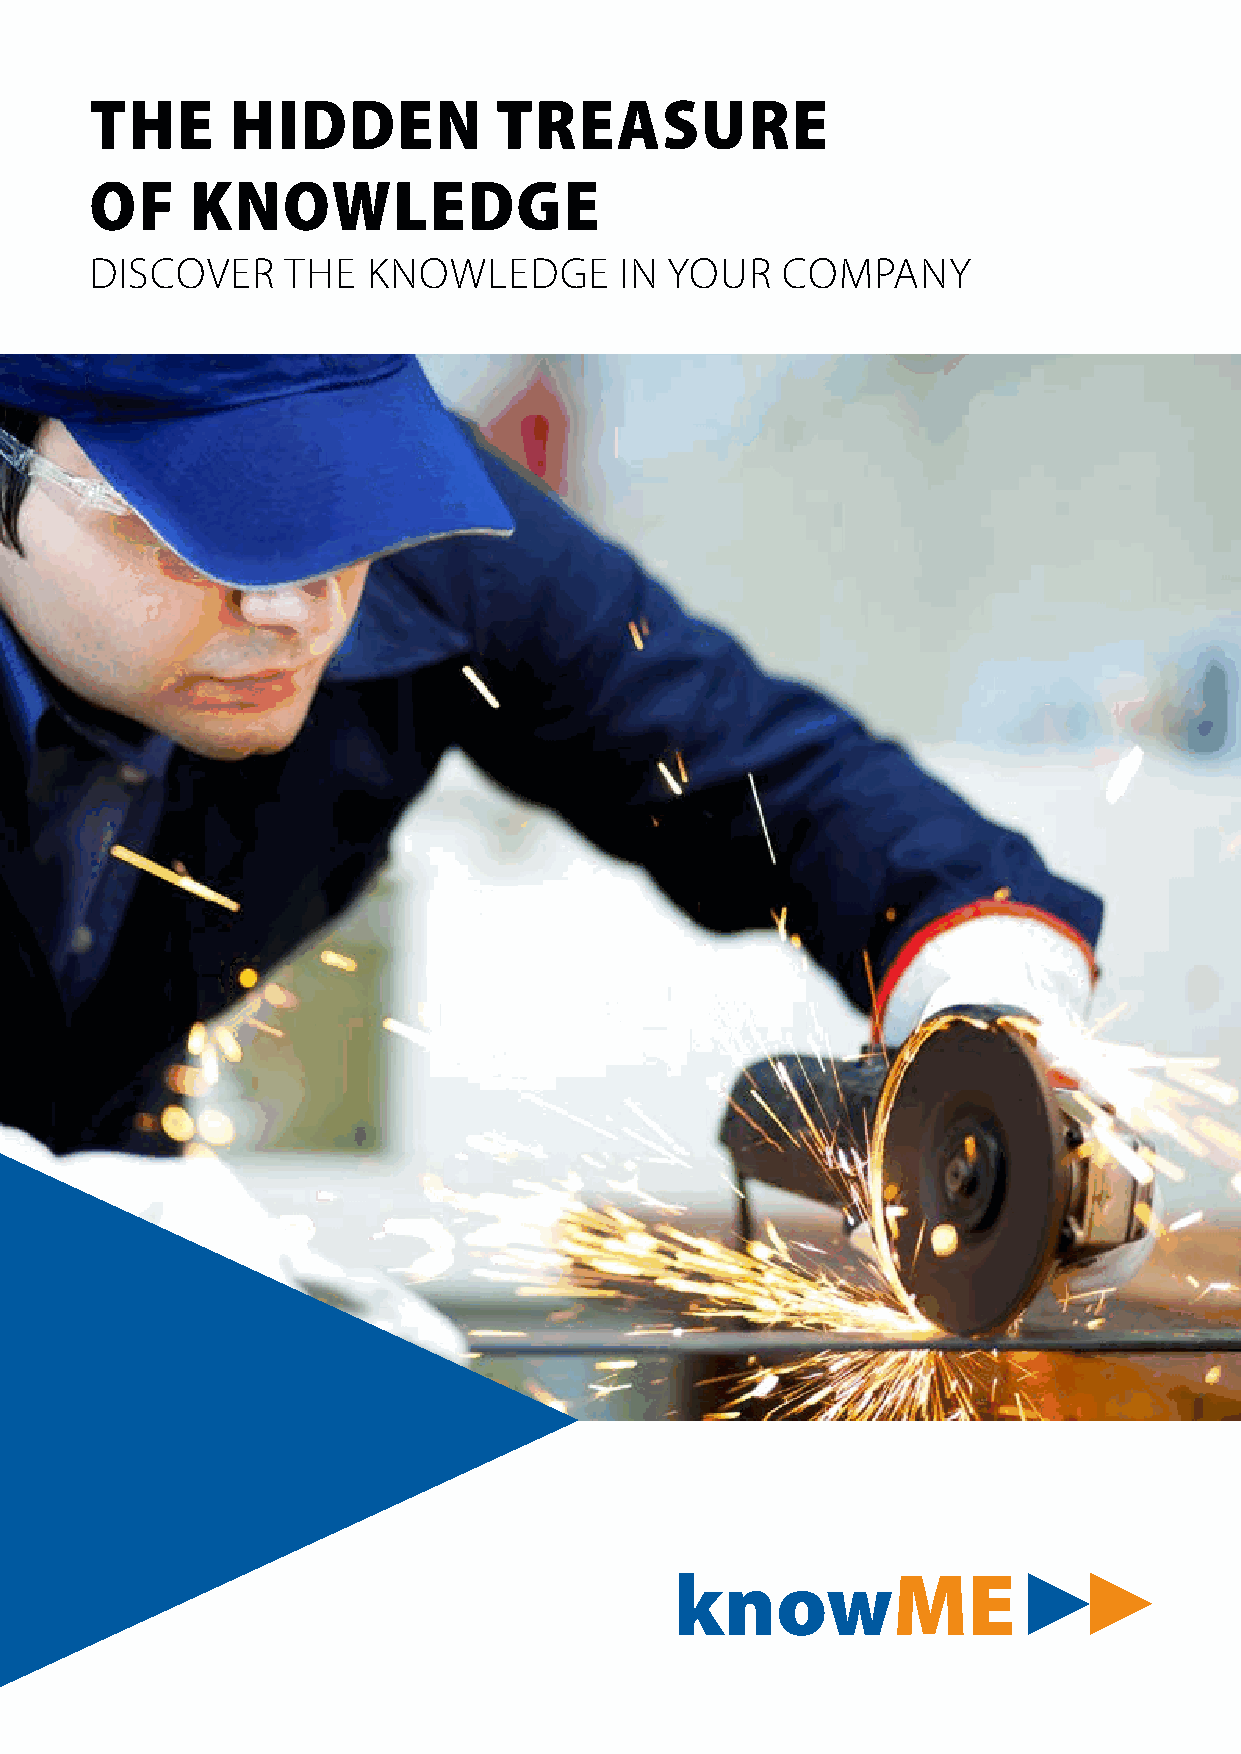
The      hidden            Treasure
 of     knowledge
 Discover     the  knowleDge        in Your    companY